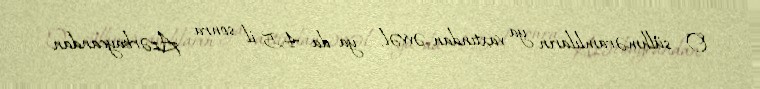
O, sülhməramlıların ya vaxtından əvvəl, ya da 4,5 il sonra Azərbaycandan